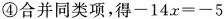
④合并同类项，得$$-14x=-5$$